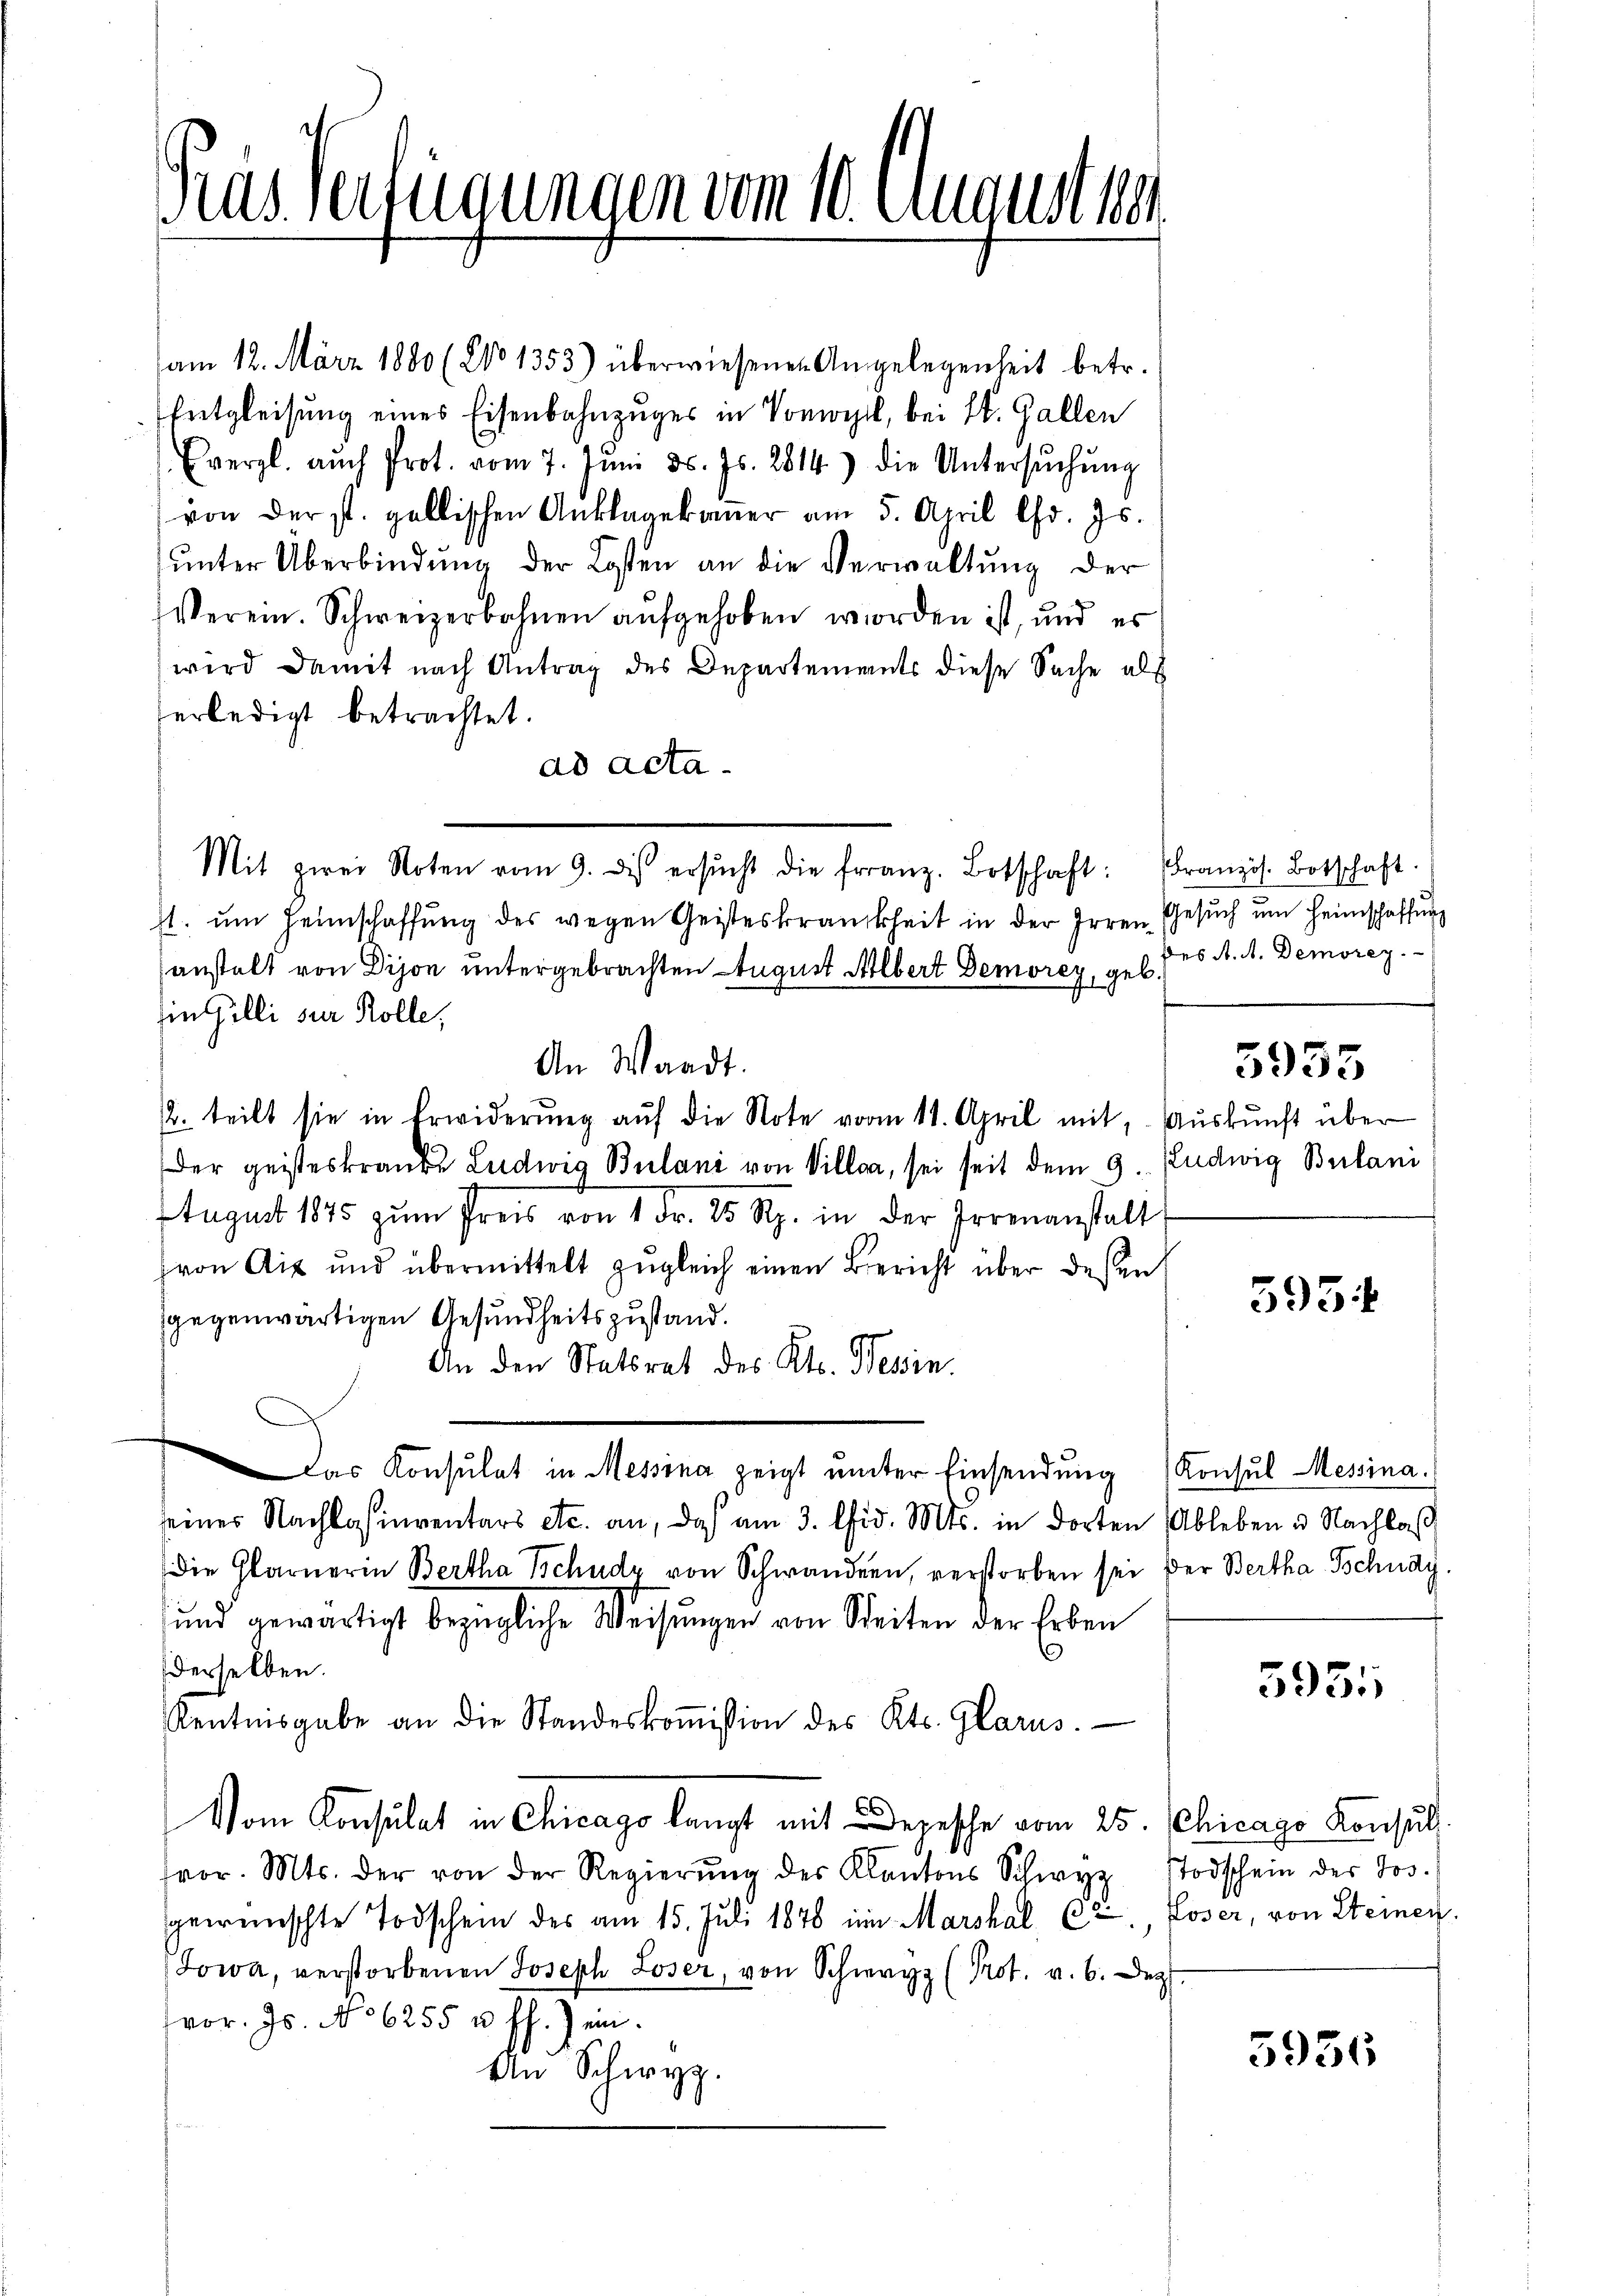
am 12. März 1880 (201353) überwiesenen Angelegenheit betr.
Entgleisung eines Eisenbahnzuges in Vonwyl, bei St. Gallen
vergl. auch Prot. vom 7. Jŭni d. Js. 2814.) die Untersŭchŭng
von der st. gallischen Anklagekauer am 5. April l. Js.
ŭnter Überbindŭng der Kosten an die Verwaltŭng der
Verein. Schweizerbohnen aufgehoben worden ist, und es
wird damit nach Antrag des Departements diese Sache als
erledigt betrachtet.
ad acta.
s. ŭm Heimschaffŭng des wegen Geisteskrankheit in der Irren Gesŭch ŭm Heimschaffung
anstalt von Dison untergebrachten August Albert Demorey, geb
in Gilli sur Rolle,
An Waadt.
2. teilt sie in Erwiderŭng aŭf die Note vom 11. April mit, Aŭskŭnft über
Der geisteskranke Ludwig Belani von Villa, sei seit dem 9. Pudwig Belani
August 1845 zum Preis von 1 Fr. 25 Rp. in der Irrenanstalt
von Aix und übermittelt zŭgleich einen Bericht über dessen
sgegenwärtigen Gesundheitszustand.
An den Statsrat des Kts. Tessin.
Das Konsulat in Messina zeigt unter Einsendung
seines Nachlasinventars etc. an, daß am 3. Chid. Mts. in dorten Ableben u. Nachlaß
Die Glarnerin Bertha Schutz von Schwandern, verstorben sei der Bertha Tschudy
sund gewärtigt bezügliche Weisungen von Seiten der Erben
derselben.
Kentnisgabe an die Standeskoṁission des Kts. Glarus.
Vom Consulat in Chicago langt mit Depesche vom 25.
fror. Mts. der von der Regierŭng des Kantons Schwyz
gewünschte Todschein des am 15. Juli 1878 im Marskal Ct., Loser, von Steinen.
Jowa, verstorbenen Joseph Loser, von Schwyz (Prot. v. 6. Dez
vor. Js. No 6255 u. ff.) ein.
An Schwyz.

Gras Verfügungen vom 10. August ver

Mit zwei Noten vom 9. des ersŭcht die franz. Botschaft: Französ. Botschaft.

des A. A. Demorey.

5955

595

Konsul Messina.

5951

Chicago Konsul
Todschein des Jos.

3936